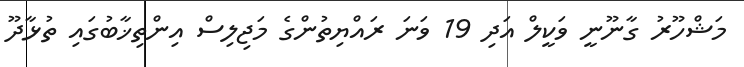
މަޝްހޫރު ގާނޫނީ ވަކީލް އަދި 19 ވަނަ ރައްޔިތުންގެ މަޖިލިސް އިންތިޚާބުގައި ތުޅާދޫ